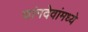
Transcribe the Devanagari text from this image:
चांगदेवांमध्ये